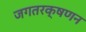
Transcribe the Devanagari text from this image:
जगतरक्षणन